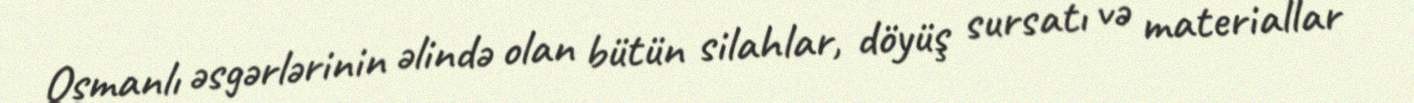
Osmanlı əsgərlərinin əlində olan bütün silahlar, döyüş sursatı və materiallar